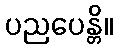
ပညပေန္တိ။